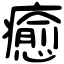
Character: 癒